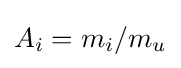
A_{i}=m_{i}/m_{u}